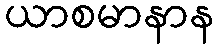
ယာစမာနာန